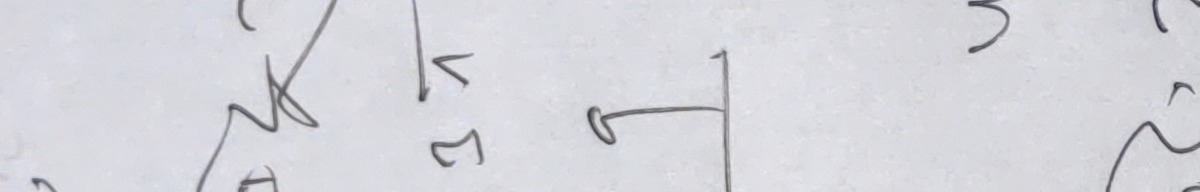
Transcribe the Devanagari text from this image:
मोटो